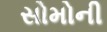
સોમોની